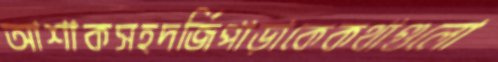
আশাকসহদর্জিপাড়াকেকথাগুলো